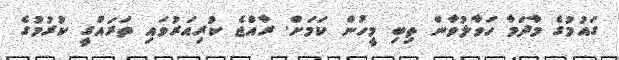
ގައުމުގެ މާދަމާ ހަވާލުވާން ތިބި މީހުން ކަމަށް. ރާއްޖެ ކުރިއަރުވައި ތަރައްގީ ކުރުމުގެ